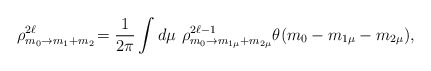
\begin{align*}\rho^{2\ell}_{m_0\rightarrow m_1+m_2}\!=\frac{1}{2\pi}\int d\mu\,\, \rho^{2\ell-1}_{m_0\rightarrow m_{1\mu}+m_{2\mu}} \theta(m_0-m_{1\mu}-m_{2\mu}),\end{align*}